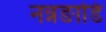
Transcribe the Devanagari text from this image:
नन्नङाडि